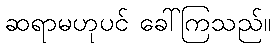
ဆရာမဟုပင် ခေါ်ကြသည်။